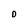
Character: D